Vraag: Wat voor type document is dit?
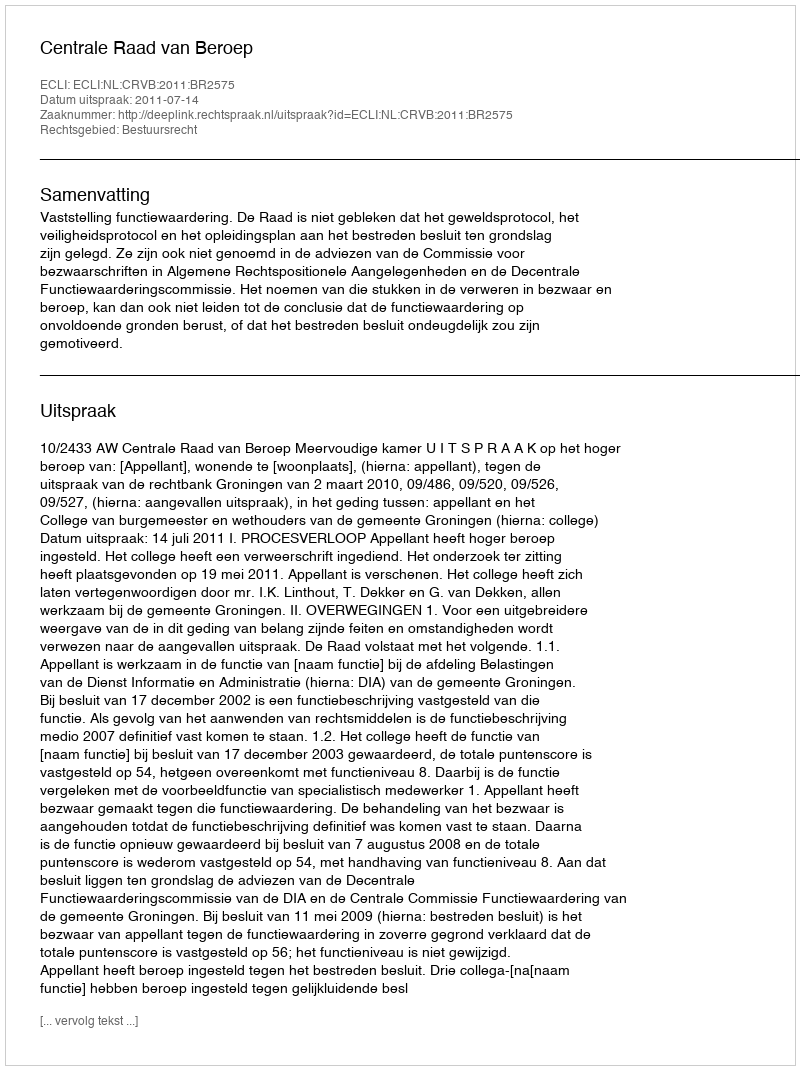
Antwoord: Uitspraak